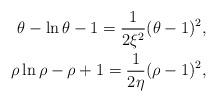
LaTeX: \begin{align*}\theta-\ln \theta-1=\frac{1}{2\xi^2} (\theta-1)^2, \\\rho \ln \rho -\rho+1= \frac{1}{2 \eta} (\rho-1)^2,\end{align*}